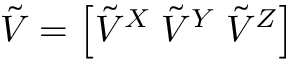
\boldsymbol { \Tilde { V } } = \left[ \Tilde { V } ^ { X } \; \Tilde { V } ^ { Y } \; \Tilde { V } ^ { Z } \right]